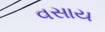
વસાય